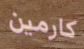
كارمين